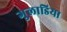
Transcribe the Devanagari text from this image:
गुलाडिया